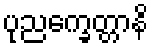
ပုညက္ခေတ္တာနိ